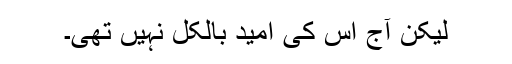
لیکن آج اس کی امید بالکل نہیں تھی۔